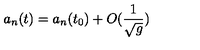
a _ { n } ( t ) = a _ { n } ( t _ { 0 } ) + O ( \frac { 1 } { \sqrt { g } } )